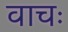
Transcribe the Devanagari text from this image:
वाचः